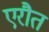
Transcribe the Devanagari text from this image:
एरौत